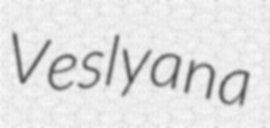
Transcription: Veslyana